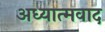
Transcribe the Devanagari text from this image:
अध्‍यात्‍मवाद